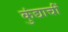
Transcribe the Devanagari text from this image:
कुंद्याचीं